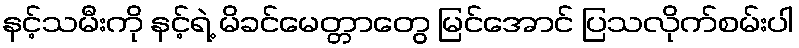
နင့်သမီးကို နင့်ရဲ့ မိခင်မေတ္တာတွေ မြင်အောင် ပြသလိုက်စမ်းပါ